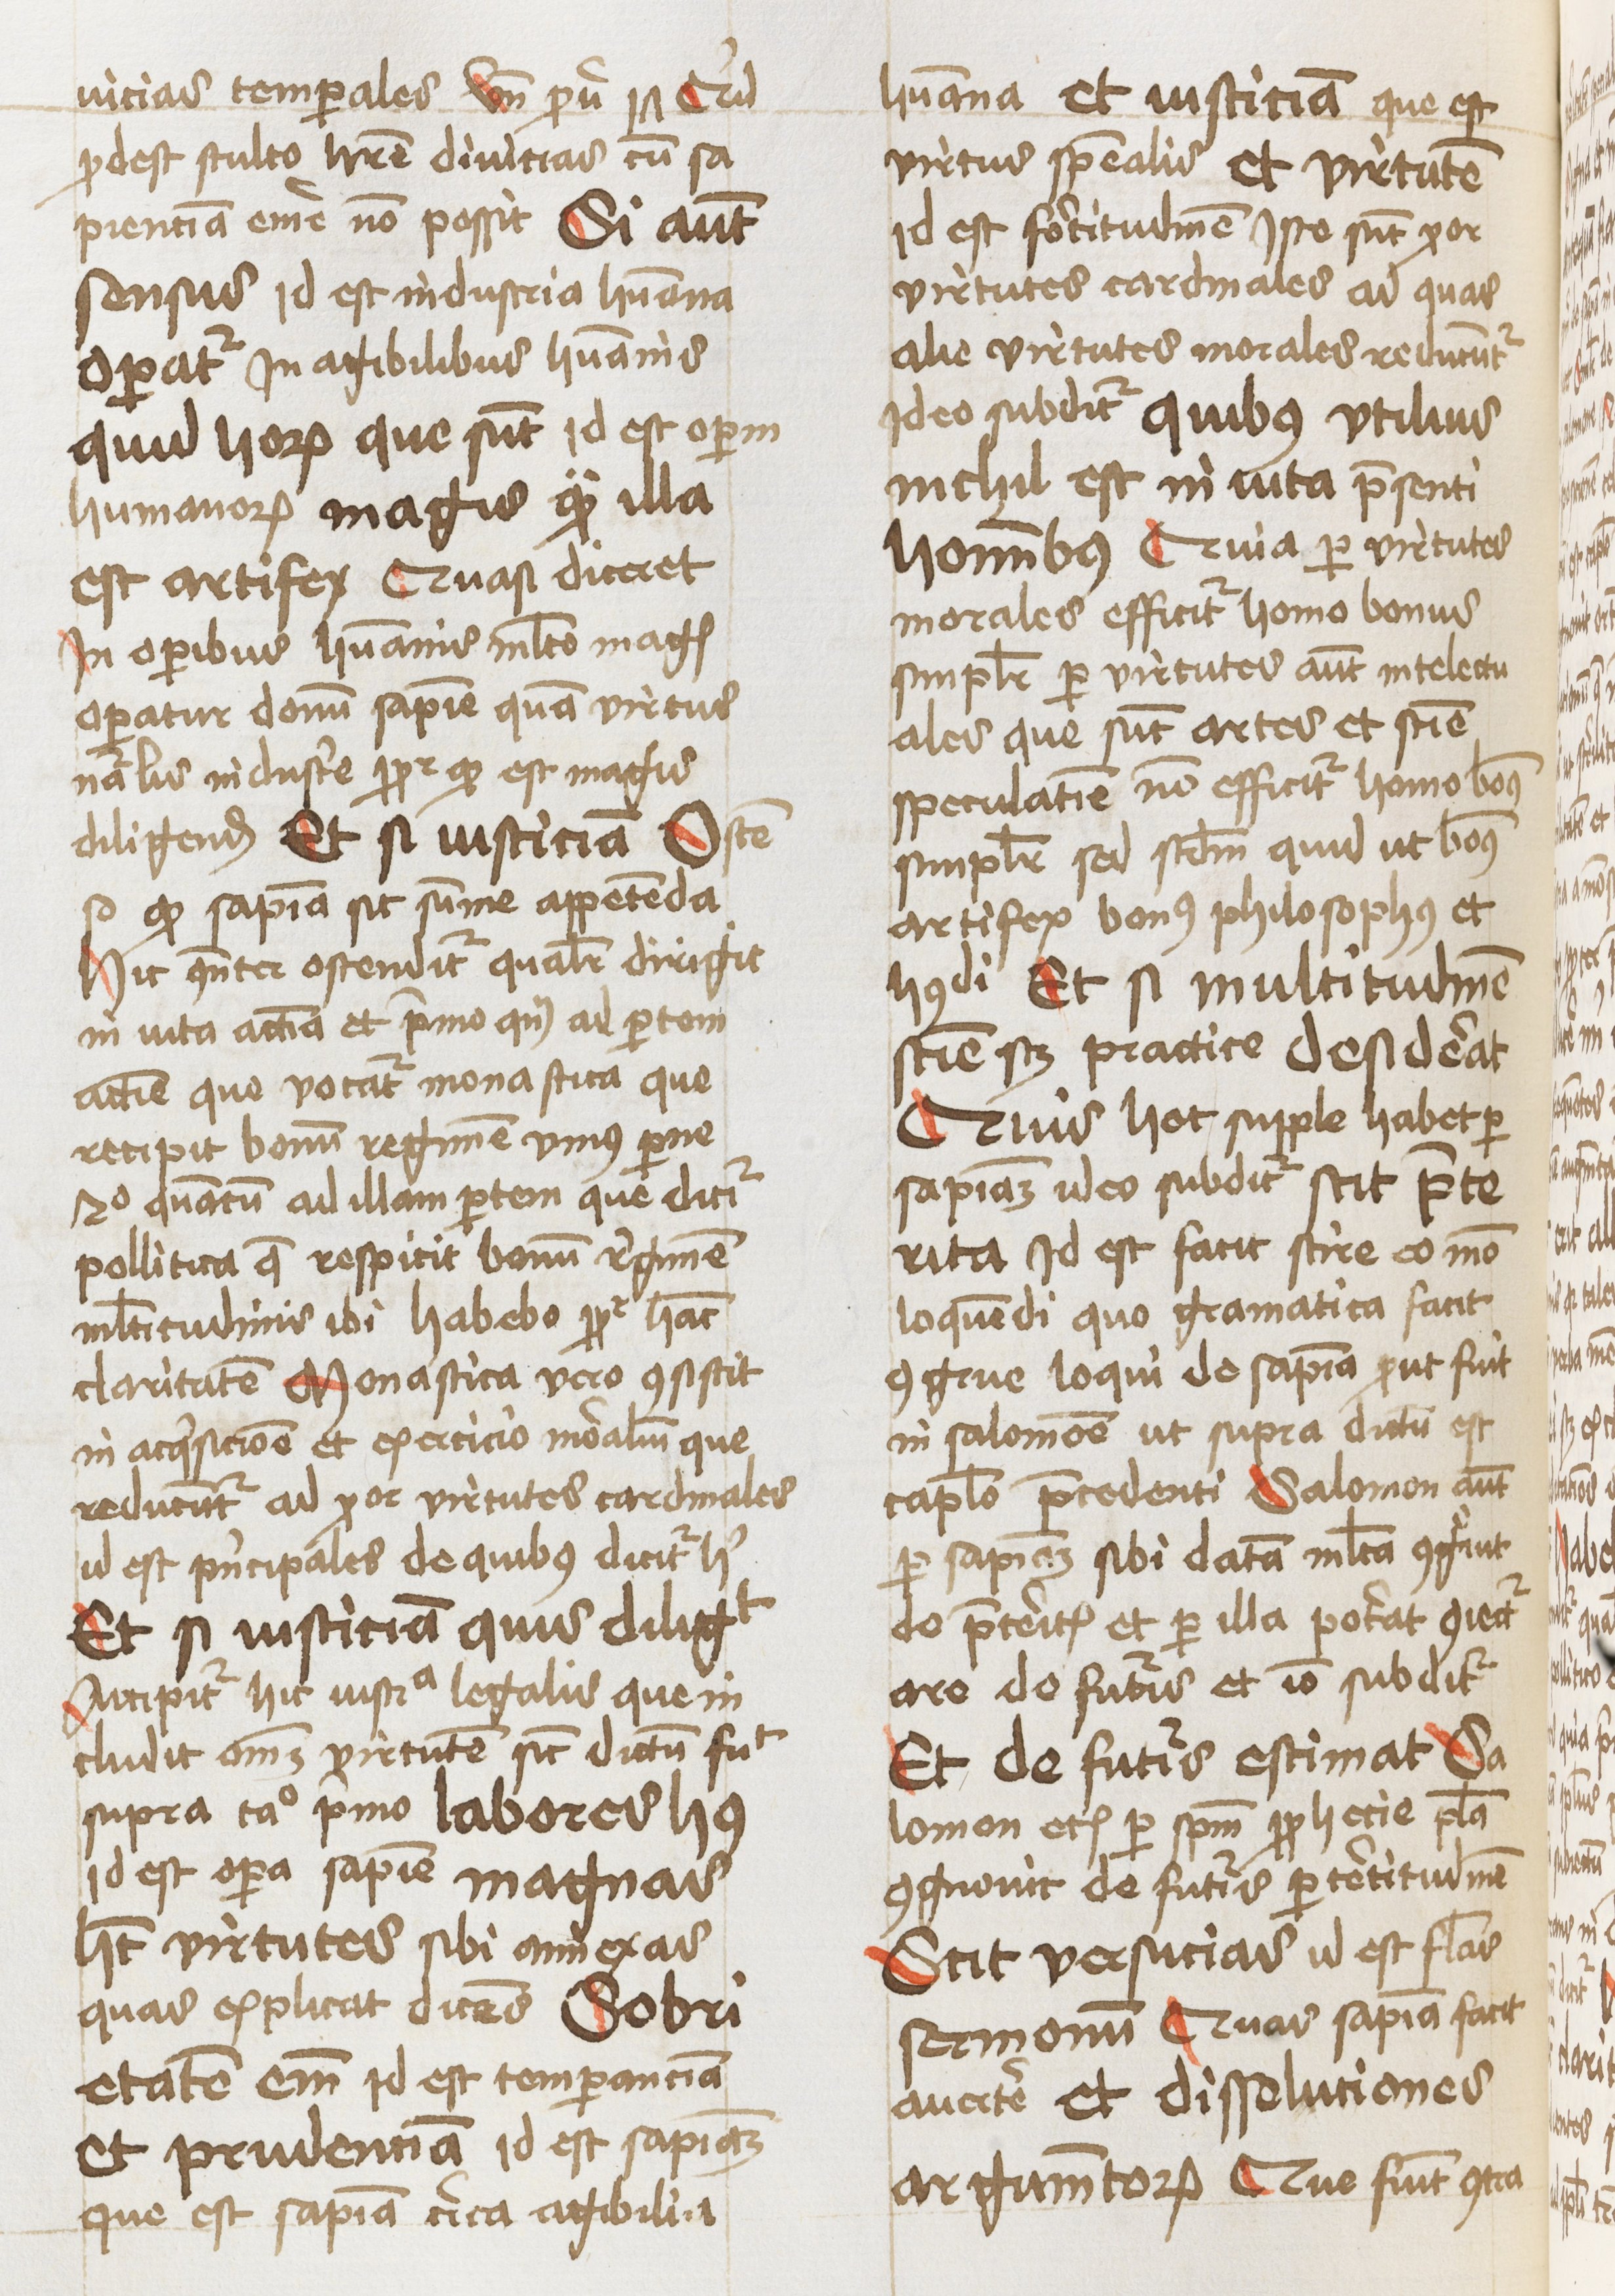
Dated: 1460–1460